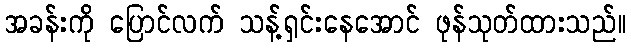
အခန်းကို ပြောင်လက် သန့်ရှင်းနေအောင် ဖုန်သုတ်ထားသည်။